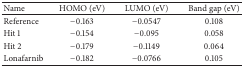
<table><thead><tr><td><b>Name</b></td><td><b>HOMO (eV)</b></td><td><b>LUMO (eV)</b></td><td><b>Band gap (eV)</b></td></tr></thead><tbody><tr><td>Reference</td><td>−0.163</td><td>−0.0547</td><td>0.108</td></tr><tr><td>Hit 1</td><td>−0.154</td><td>−0.095</td><td>0.058</td></tr><tr><td>Hit 2</td><td>−0.179</td><td>−0.1149</td><td>0.064</td></tr><tr><td>Lonafarnib</td><td>−0.182</td><td>−0.0766</td><td>0.105</td></tr></tbody></table>